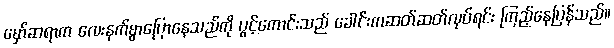
မှော်ဆရာက လေးနက်စွာပြောနေသည်ကို ပွင့်ကောင်းသည် ခေါင်းကဆတ်ဆတ်လုပ်ရင်း ကြည့်နေပြန်သည်။